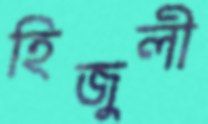
হিজুলী